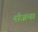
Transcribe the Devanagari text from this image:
राँजना